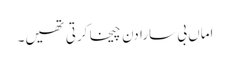
اماں بی سارا دن چیخا کرتی تھیں۔